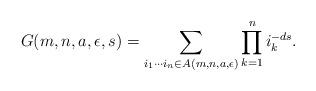
LaTeX: \begin{align*} G(m,n,a,\epsilon, s)= \sum_{i_1\cdots i_n\in A(m,n,a,\epsilon)} \prod_{k=1}^ni_k^{-ds}. \end{align*}